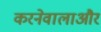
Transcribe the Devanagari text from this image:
करनेवालाऔर